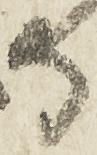
守